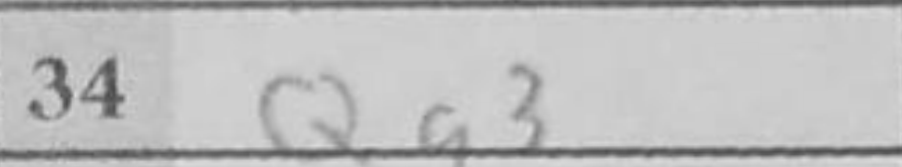
Transcription: Qg3